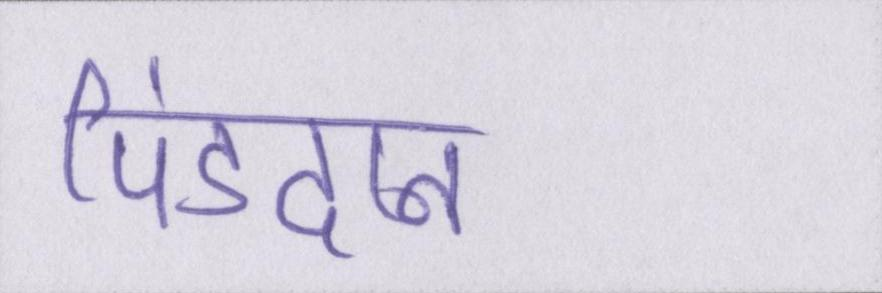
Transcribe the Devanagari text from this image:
पिंडदान